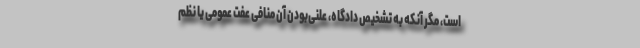
است، مگر آنکه به تشخیص دادگاه، علنی‌بودن آن منافی عفت عمومی یا نظم